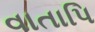
વાતાપિ